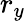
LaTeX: r_{y}